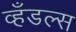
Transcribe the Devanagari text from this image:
व्हँडल्स